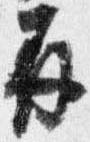
并